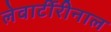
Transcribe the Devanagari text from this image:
लेवार्टीरीनाल